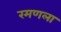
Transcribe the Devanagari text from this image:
रमणला